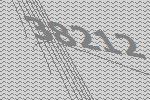
38212